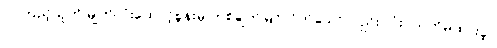
လကြည့်သူကို မျက်လုံးထောင့်စွန်းမှ တစ်ချက်မြင်လိုက်သော်လည်း လုံးဝသတိမထားခဲ့။